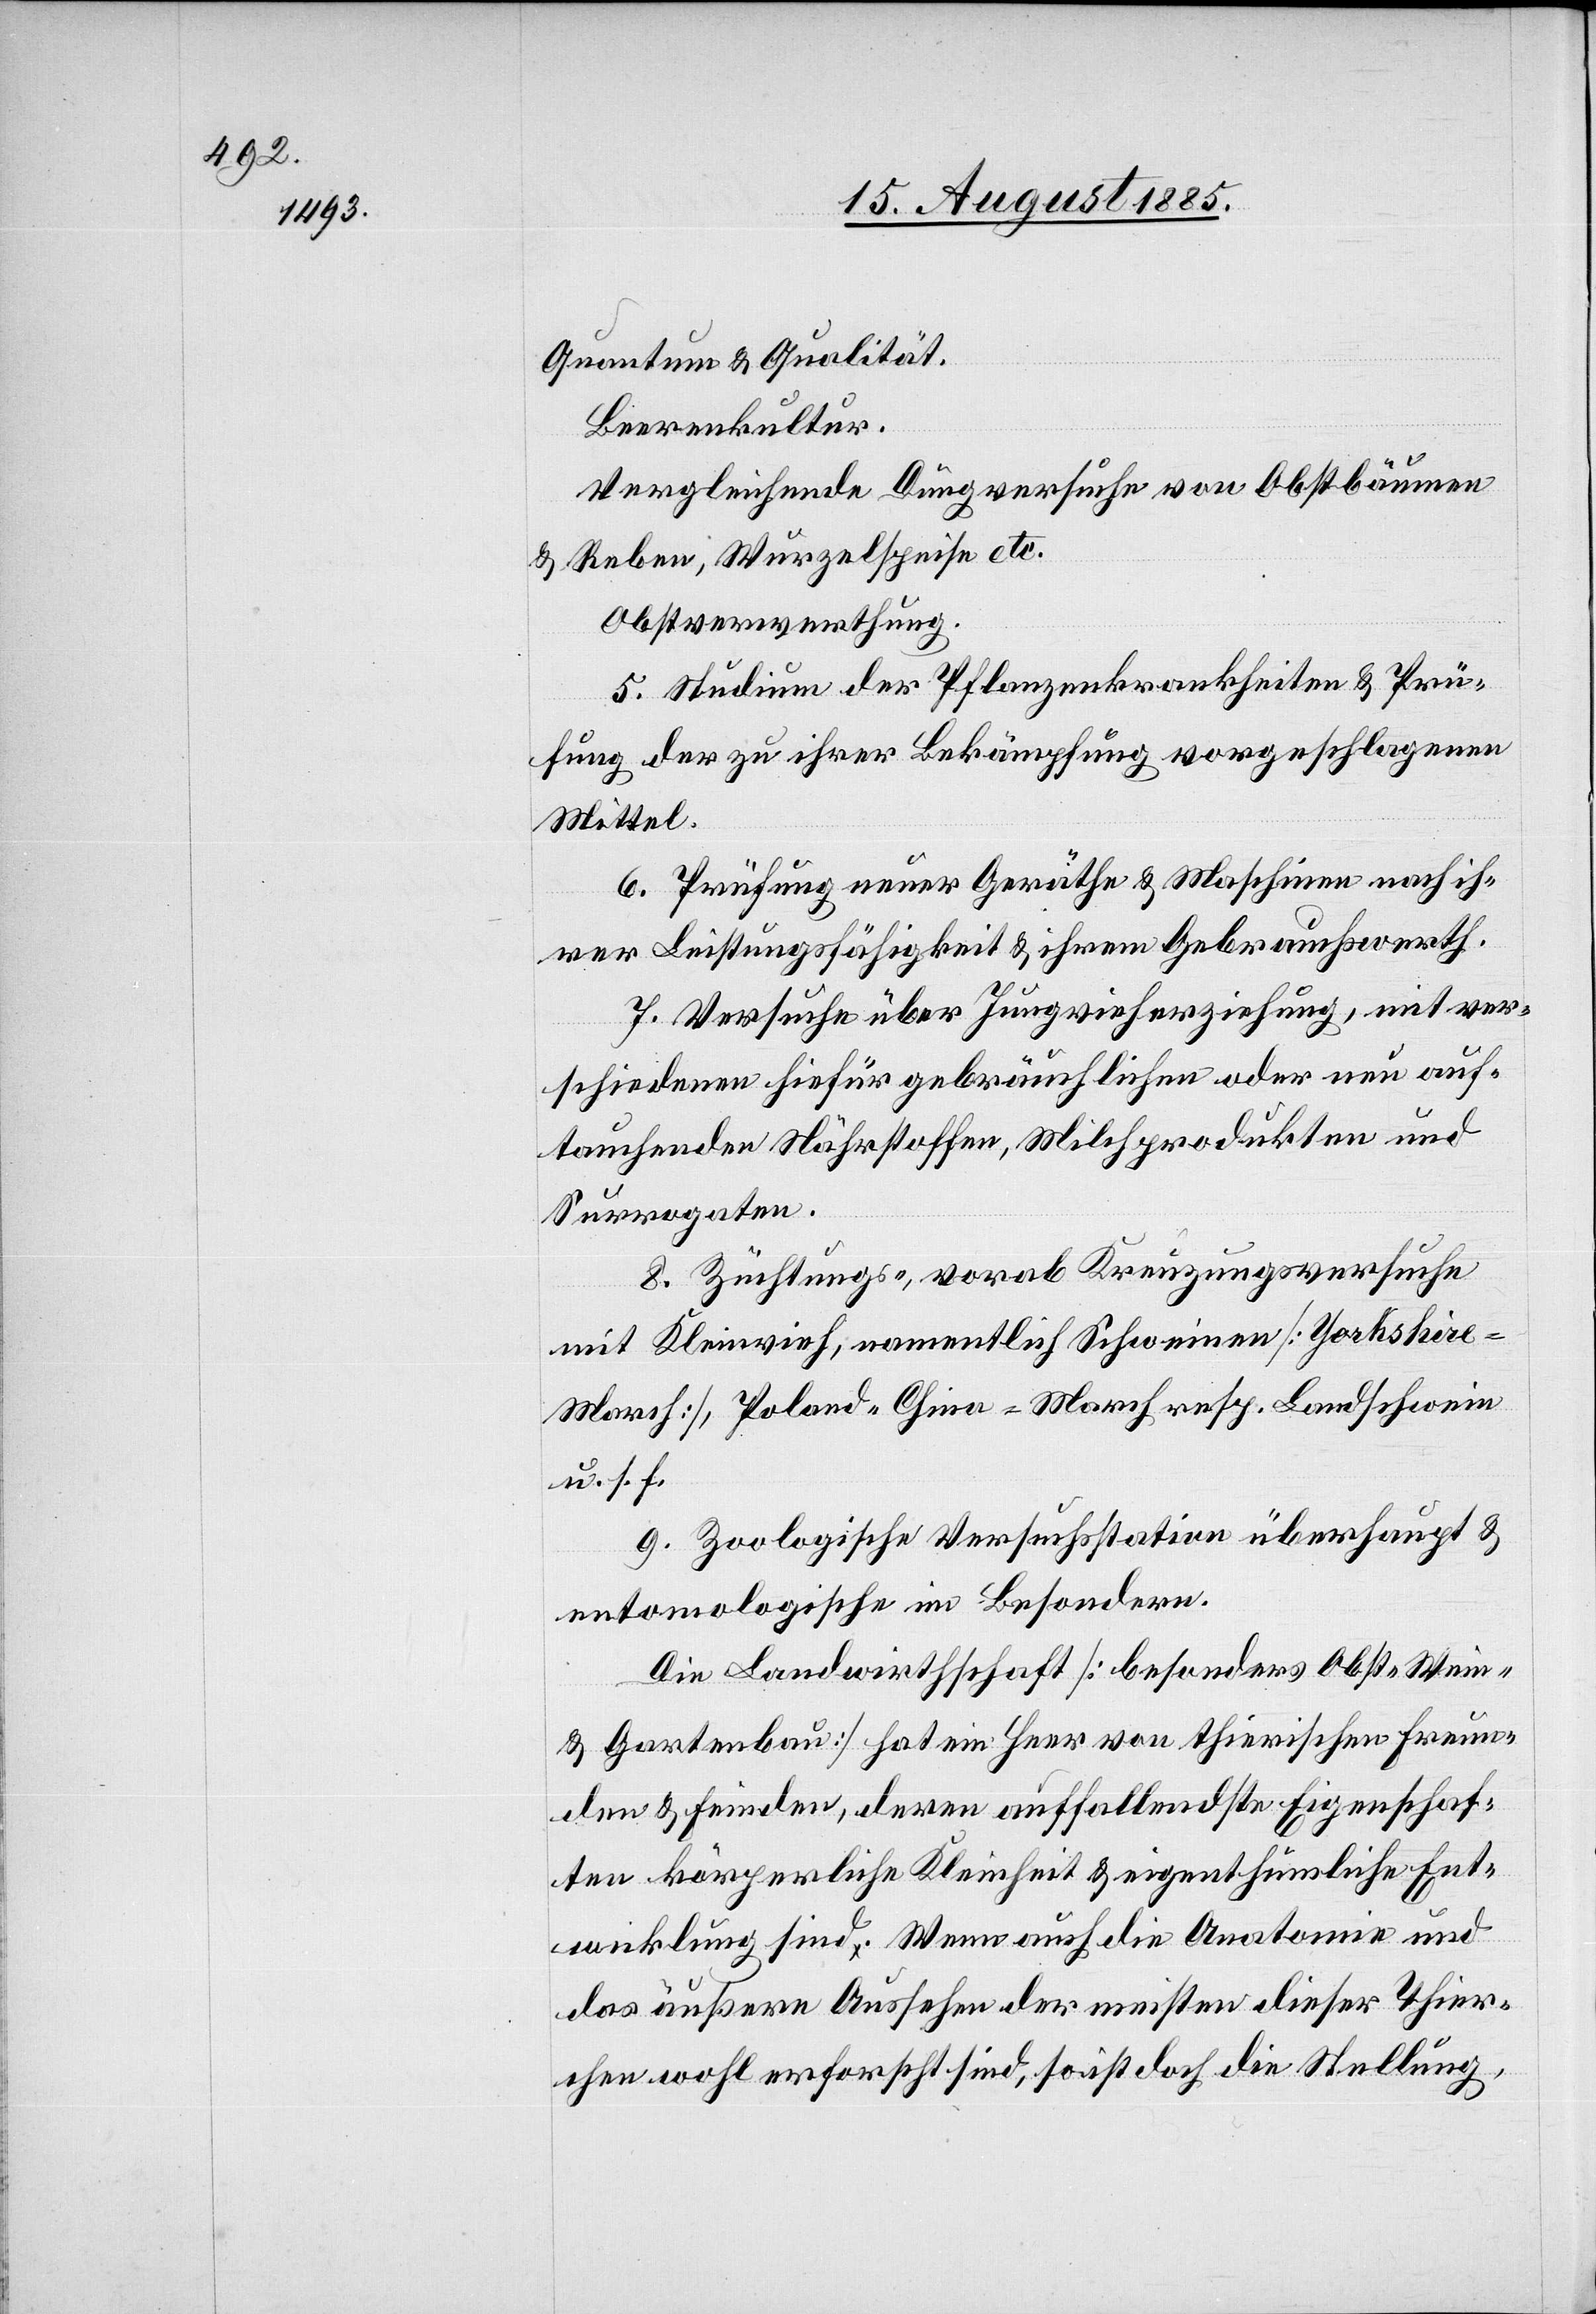
Quantum & Qualität.
Beerenkultur.
Vergleichende Düngversuche von Obstbäumen
& Reben, Wurzelspeise etc.
Obstverwerthung.
5. Studien der Pflanzenkrankheiten & Prü¬
fung der zu ihrer Bekämpfung vorgeschlagenen
Mittel.
6. Prüfung neuer Geräthe & Maschinen nach ih¬
rer Leistungsfähigkeit & ihrem Gebrauchswerth.
7. Versuche über Jungvieherziehung, mit ver¬
schiedenen hiefür gebräuchlichen oder neu auf¬
tauchenden Nährstoffen, Milchprodukten und
Surrogaten.
8. Züchtungs-, vorab Kreuzungsversuche
mit Kleinvieh, namentlich Schweinen [Yorkshir¬
e-March], Poland-China-March resp. Landschwein
u. s. f.
9. Zoologische Versuchsstation überhaupt &
entomologische im Besondern.
Die Landwirthschaft [besonders Obst-[,] Wein-
& Gartenbau] hat ein Heer von thierischen Freun¬
den & Feinden, deren auffallendste Eigenschaf¬
ten körperliche Kleinheit & eigenthümliche Ent¬
wicklung sind. Wenn auch die Anatomie und
das äußere Aussehen der meisten dieser Thier¬
chen erforscht sind, so ist doch die Stellung